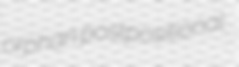
orphan postpositional